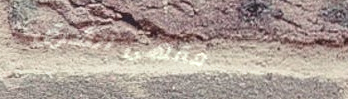
مقهى الشرق